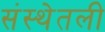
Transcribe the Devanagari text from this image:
संस्थेतली